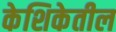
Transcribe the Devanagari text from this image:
केशिकेतील